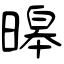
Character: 暤